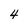
Character: 4